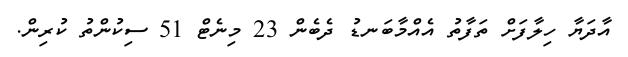
އާދަޔާ ހިލާފަށް ތަފާތު އެއްމާބަނޑު ދެބެން 23 މިނެޓް 51 ސިކުންތު ކުރިން.